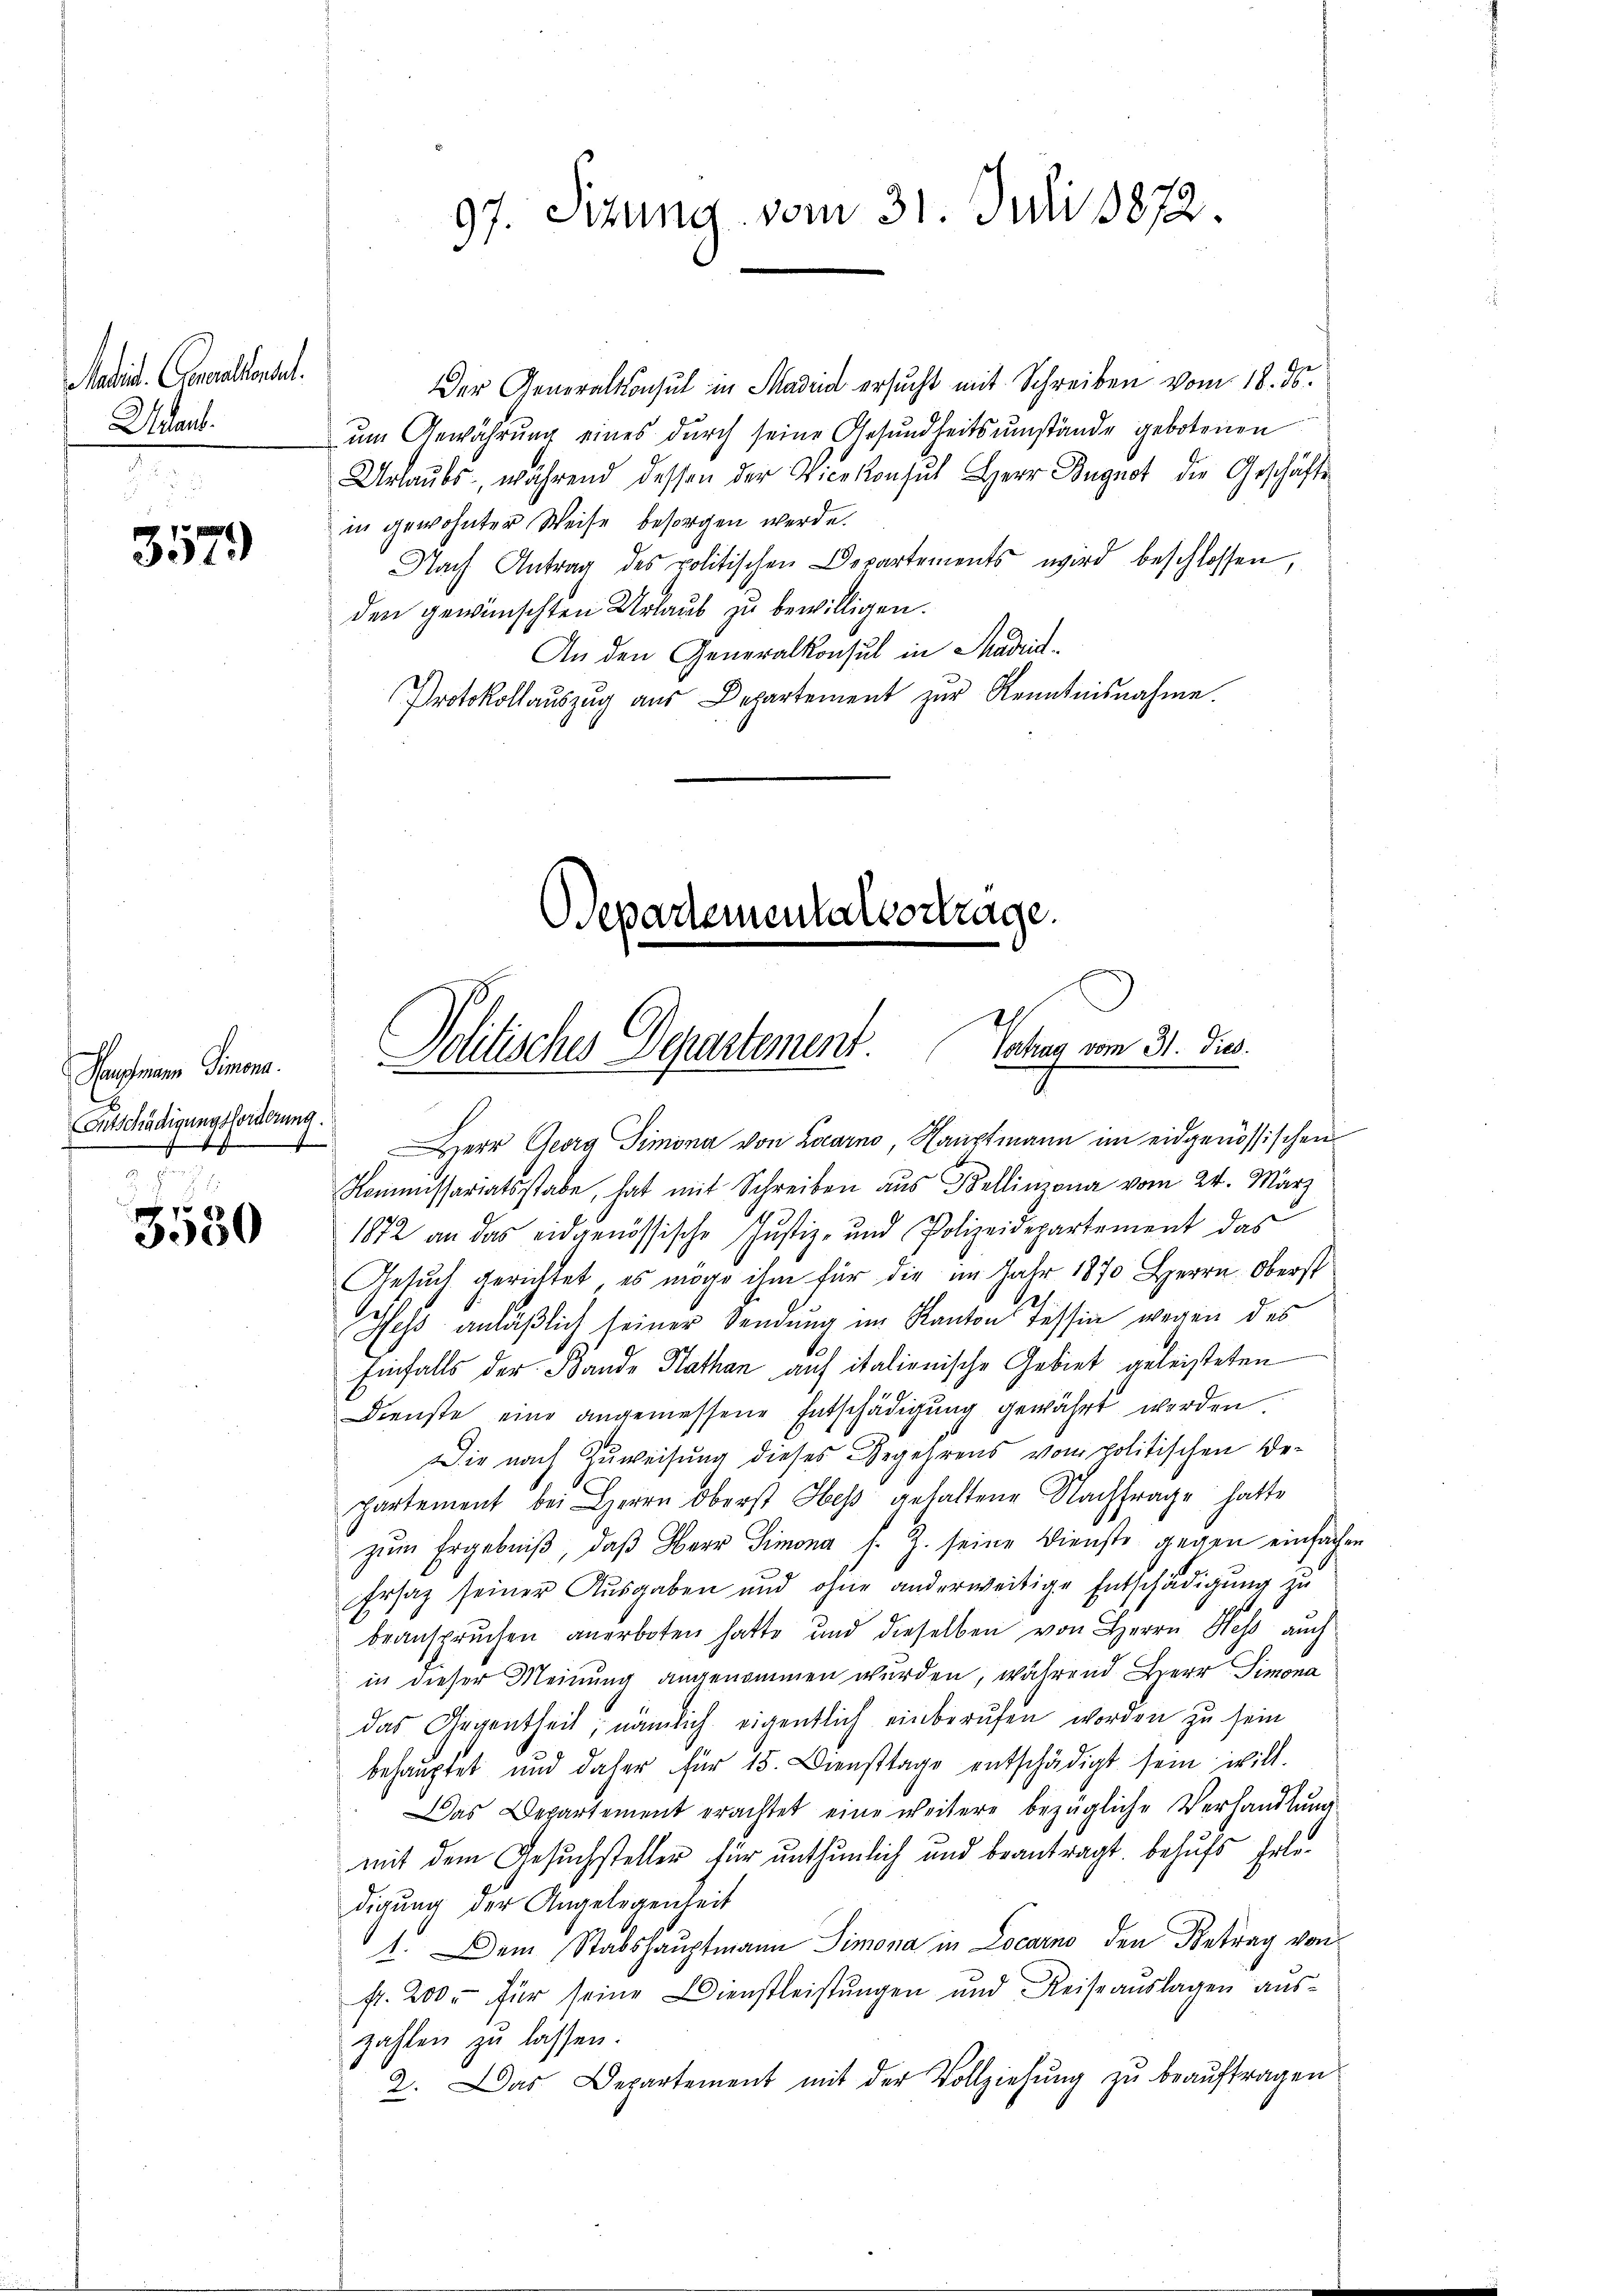
Satis. Generallensel.
Unart.

357.

Hauptmann Simona
Entschädigungsforderung.
n
A
e

75
3950

Der Generalkonsul in Madrid ersucht mit Schreiben vom 18. ds.
um Gewährung eines durch seine Gesundheitsumstände gebotenen
Urlaubs während dessen der Vicekonsul Herr Dugnot die Geschäfte
in gewohnter Weise besorgen werde.
Nach Antrag des politischen Departements wird beschlossen,
den gewünschten Urlaub zu bewilligen.
An den Generalkonsul in Mariat¬
Protokollaŭszŭg aŭs Departement zŭr Kenntnisnahme.
Separtementalvertrage.

97. Sizung vom 31. Juli 1872.
¬
e

Sahag vom 31. Dieb.
Politisches Departement.

Herr Georg Simona von Locarno, Hauptmann im eidgenössischen
Kommissariatsstabe, hat mit Schreiben aus Bellinzona vom 24. März
1872 an das eidgenössische Justiz- und Polizeidepartement das
Gesuch gerichtet, es möge ihm für die im Jahr 1870 Herrn Oberst
Hess anläßlich seiner Sendung im Kanton Tessin wegen des
Einfalls der Bande Kathan auf italienische Gebiet geleisteten
Dienste eine angemessene Entschädigung gewährt werden
Die nach Zuweisung dieses Gegehrens vom politischen Departement bei Herrn Oberst Hess gehaltene Nachfrage hatte
zŭm Ergebniβ, daβ Herr Simona s. Z. seine Dienste gegen einfachen
Ersaz seiner Ausgaben und ohne anderweitige Entschädigung zu
beanspruchen anerboten hatte und dieselben von Herrn Hess auch
in dieser Meinung angenommen wurden, während Herr Simona
das Gegentheil, nämlich eigentlich einberufen worden zu sein
behauptet und daher für 15. Diensttage entschädigt sein will.
Das Departement erachtet eine weitere bezügliche Verhandlung
mit dem Gesuchsteller für unthunlich und beantragt, behufs Erledigung der Angelegenheit
1. Dem Stabshauptmann Simona in Locarno den Betrag von
fr. 200. für seine Dienstleistungen und Reiseauslagen auszahlen zu lassen.
2. Das Departement mit der Vollziehŭng zŭ beaŭftragen